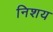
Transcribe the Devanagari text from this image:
निशय